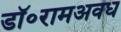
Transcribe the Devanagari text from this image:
डॉ॰रामअवध